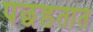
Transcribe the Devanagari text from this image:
पछडतात